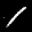
Label: 1